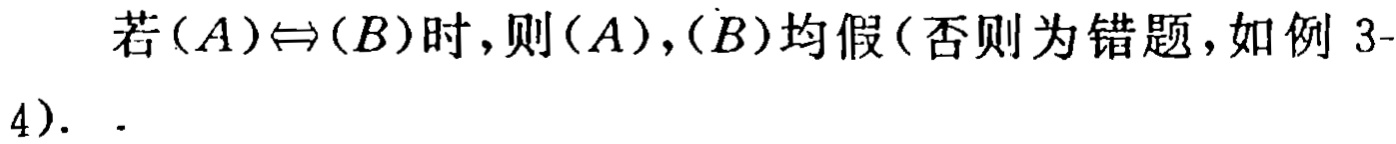
若$(A)\Leftrightarrow(B)$时，则$(A),(B)$均假（否则为错题，如例 3-4）.  .